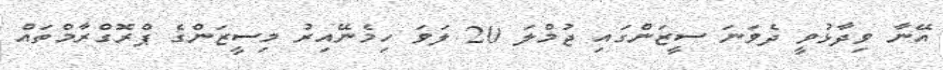
އޭނާ ވިދާޅުވީ ދެވަނަ ސީޒަންގައި ޖުމްލަ 20 ލަވަ ހިމެނޭއިރު މިސީޒަންގެ ޕްރޮގްރާމްތައް